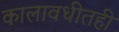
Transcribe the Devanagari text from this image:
कालावधीतही